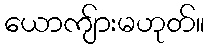
ယောကျ်ားမဟုတ်။